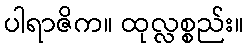
ပါရာဇိက။ ထုလ္လစ္စည်း။